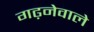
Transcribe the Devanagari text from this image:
गढ़नेवाले